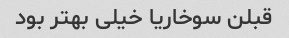
قبلن سوخاریا خیلی بهتر بود